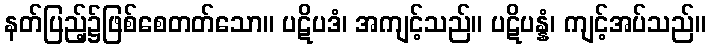
နတ်ပြည့်၌ဖြစ်စေတတ်သော။ ပဋိပဒံ၊ အကျင့်သည်။ ပဋိပန္နံ၊ ကျင့်အပ်သည်။